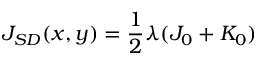
J _ { S D } ( x , y ) = \frac { 1 } { 2 } \lambda ( J _ { 0 } + K _ { 0 } )